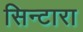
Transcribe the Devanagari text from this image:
सिन्टारा